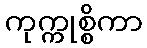
ကုက္ကုစ္စိကာ